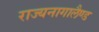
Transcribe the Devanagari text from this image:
राज्यनागालैण्ड